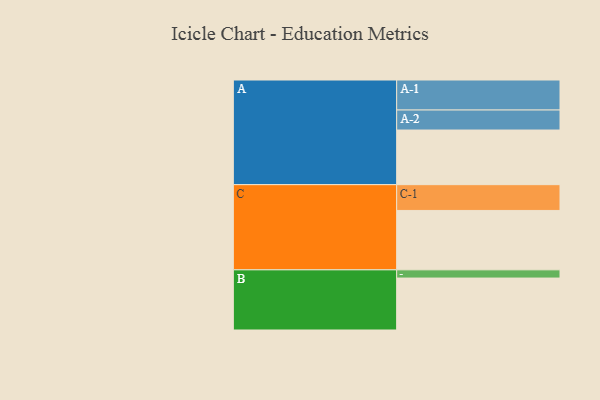
{"axis": {"x": "Segment", "y": "Value"}, "legend": ["", "A", "B", "C"], "data": [{"x": "A", "y": 426, "type": ""}, {"x": "B", "y": 405, "type": ""}, {"x": "C", "y": 463, "type": ""}, {"x": "A-1", "y": 234, "type": "A"}, {"x": "A-2", "y": 156, "type": "A"}, {"x": "B-1", "y": 64, "type": "B"}, {"x": "C-1", "y": 201, "type": "C"}]}